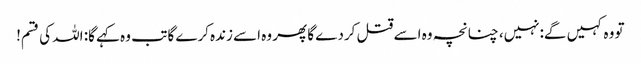
تو وہ کہیں گے:نہیں، چنانچہ وہ اسے قتل کردے گا پھر وہ اسے زندہ کرے گا تب وہ کہے گا: اللہ کی قسم!